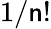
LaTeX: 1/\mathsf{n}!